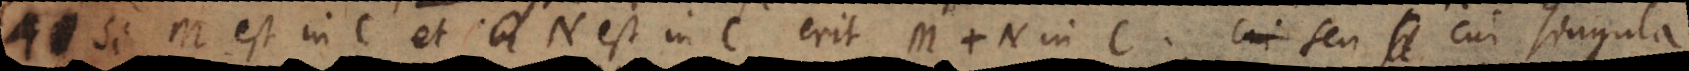
1) Si M est in C et N est in C erit M + N in C, seu cui singula